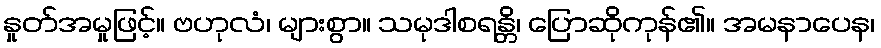
နှုတ်အမှုဖြင့်။ ဗဟုလံ၊ များစွာ။ သမုဒါစရန္တိ၊ ပြောဆိုကုန်၏။ အမနာပေန၊